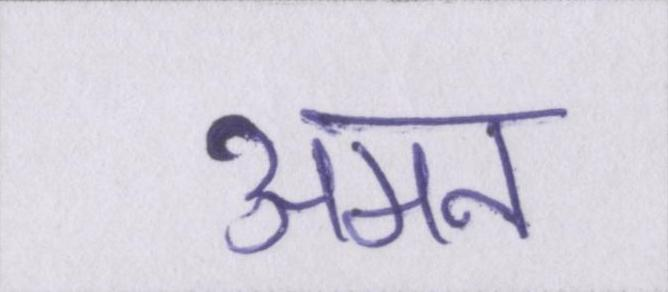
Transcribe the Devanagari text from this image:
अमन